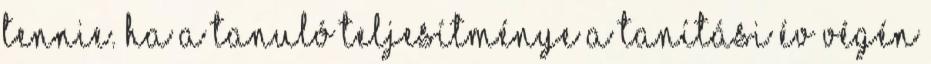
tennie. Ha a tanuló teljesítménye a tanítási év végén